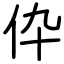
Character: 伜